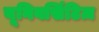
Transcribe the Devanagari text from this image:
यूनिवर्सिटिज़